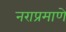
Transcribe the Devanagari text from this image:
नराप्रमाणे